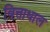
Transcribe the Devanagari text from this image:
वित्ताधाल